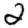
Digit: 2